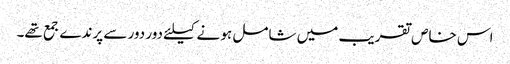
اس خاص تقریب میں شامل ہو نے کیلئے دور دور سے پرندے جمع تھے۔